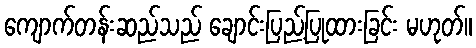
ကျောက်တန်းဆည်သည် ချောင်းပြည့်ပြုထားခြင်း မဟုတ်။